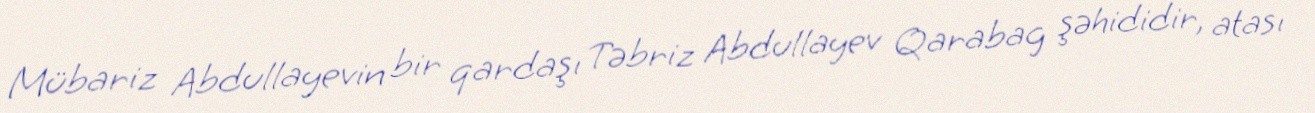
Mübariz Abdullayevin bir qardaşı Təbriz Abdullayev Qarabag şəhididir, atası